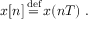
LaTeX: x [ n ] { \stackrel { \mathrm { d e f } } { { } = { } } } x ( n T ) ~ .